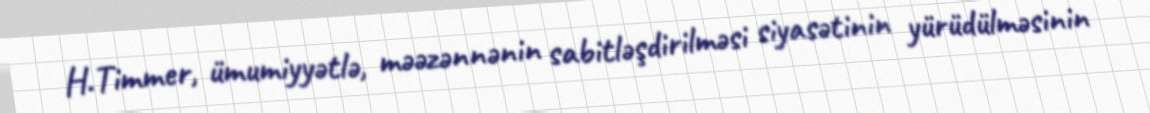
H.Timmer, ümumiyyətlə, məəzənnənin sabitləşdirilməsi siyasətinin yürüdülməsinin